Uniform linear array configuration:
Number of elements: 64
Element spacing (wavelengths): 1
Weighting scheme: exponential
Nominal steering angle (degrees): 45
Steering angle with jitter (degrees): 43.112
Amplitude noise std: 0.05
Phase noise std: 0.05

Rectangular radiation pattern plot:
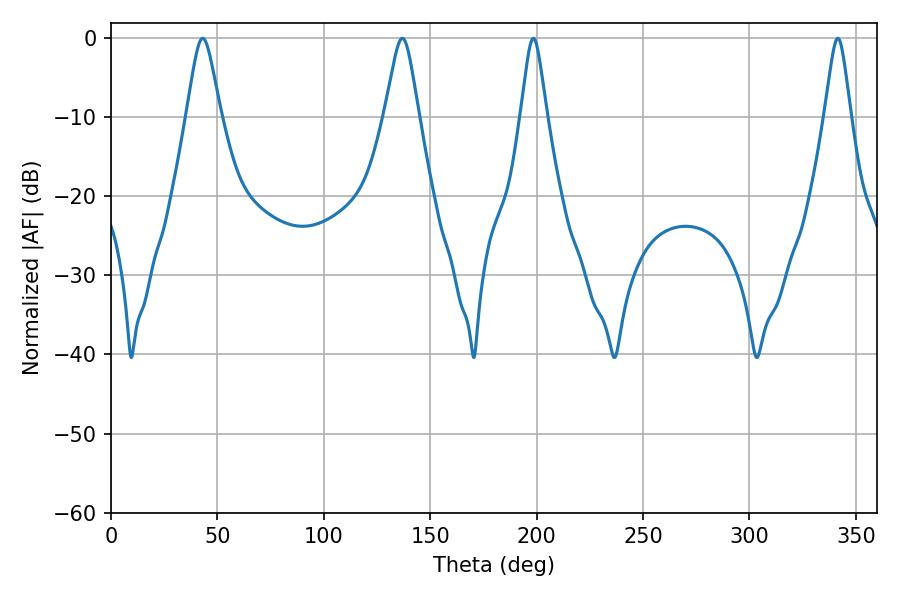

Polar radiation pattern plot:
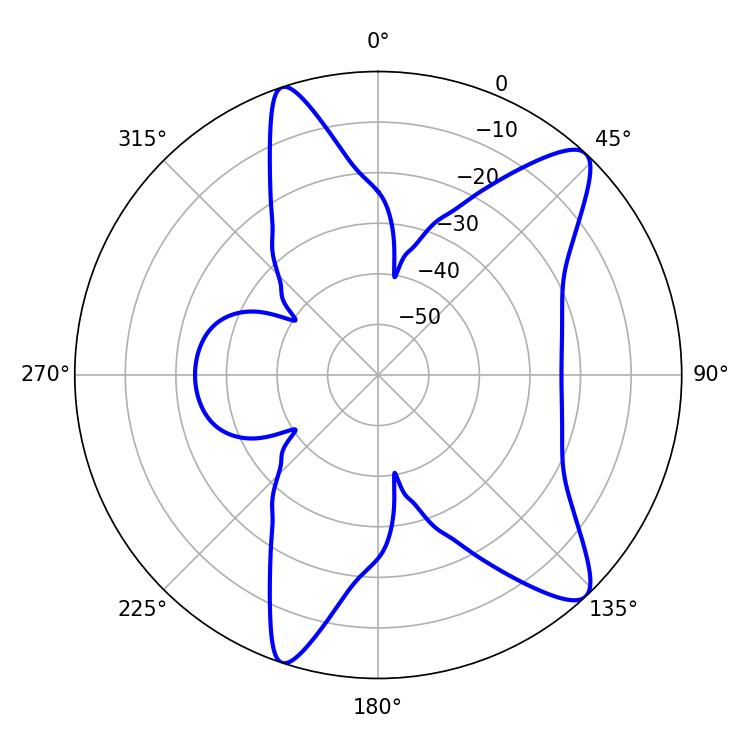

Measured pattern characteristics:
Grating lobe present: TRUE
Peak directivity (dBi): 11.311
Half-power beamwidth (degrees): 7.56
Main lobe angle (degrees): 43.02